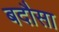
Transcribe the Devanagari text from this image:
बदौसा